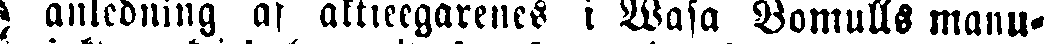
) anledning af aktieegarenes i Wasa Bomulls manu-